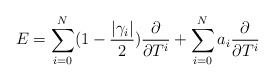
\begin{align*}E=\sum_{i=0}^N(1-\frac{|\gamma_i|}{2})\frac{\partial }{\partial T^i}+\sum_{i=0}^N a_i \frac{\partial }{\partial T^i}\end{align*}